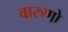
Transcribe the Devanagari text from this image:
वारुणो